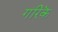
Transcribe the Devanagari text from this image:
गरिकॆ